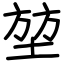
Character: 堃